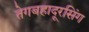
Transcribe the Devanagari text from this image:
तेगबहादूरसिंग